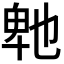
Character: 𭅤